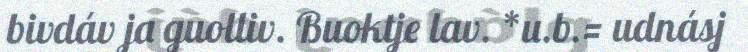
bivdáv ja guolliv. Buoktje lav. *u.b.= udnásj